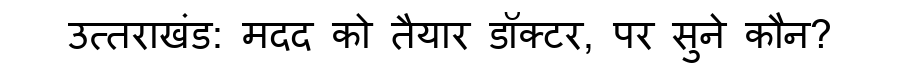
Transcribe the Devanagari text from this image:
उत्तराखंड: मदद को तैयार डॉक्टर, पर सुने कौन?